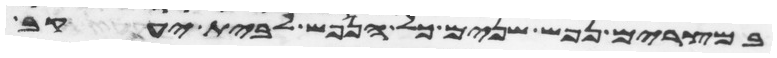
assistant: במצרים נפש שנים כל הנפש לבית יעקב